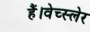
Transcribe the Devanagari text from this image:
हैं।वेच्स्लेर